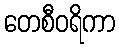
တေစီဝရိကာ